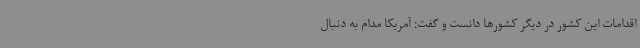
اقدامات این کشور در دیگر کشورها دانست و گفت: آمریکا مدام به دنبال